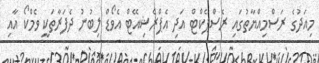
މިއަދުގެ ރަސްމިއްޔާތުގައި ރެސްޕެކްޓް އަދި އެޕްރެޝިއޭޓް އެވޯޑް ލިބުނު ދެފަރާތަކީ ވެމްކޯ އާއި